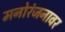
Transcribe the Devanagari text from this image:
मनोरंजनावर